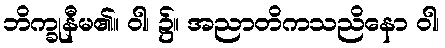
ဘိက္ခုနီမ၏။ ဝါ၊ ၌။ အညာတိကသညိနော ဝါ၊